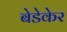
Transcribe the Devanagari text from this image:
बेडेकेर